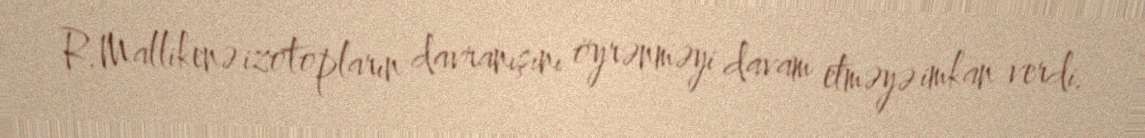
R.Mallikenə izotopların davranışını öyrənməyi davam etməyə imkan verdi.